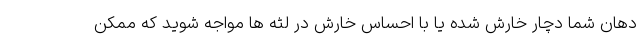
دهان شما دچار خارش شده یا با احساس خارش در لثه ها مواجه شوید که ممکن